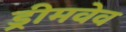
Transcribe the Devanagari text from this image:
ड्रीमवेव